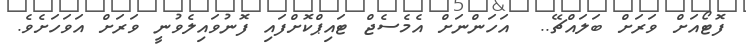
ފޮޓޯއަށް ވަރަށް ބަލައްޗޭ..  އަހަންނަށް އެމެސެޖް ޓައިޕްކޮށްފައި ފޮނުވައިލެވުނީ ވަރަށް އަވަހަށެވެ.